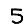
Digit: 5